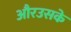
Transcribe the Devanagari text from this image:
औरउसके